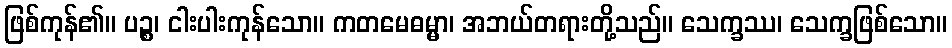
ဖြစ်ကုန်၏။ ပဉ္စ၊ ငါးပါးကုန်သော။ ကတမေဓမ္မာ၊ အဘယ်တရားတို့သည်။ သေက္ခဿ၊ သေက္ခဖြစ်သော။